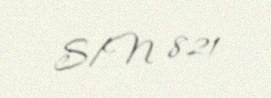
S/N 821